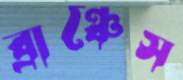
ব্রাঞ্চেস